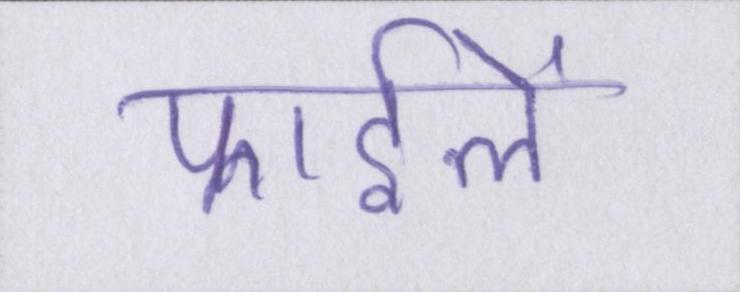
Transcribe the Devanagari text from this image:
फाईलें